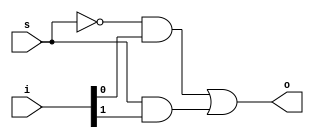
`timescale 1ns / 1ps
//////////////////////////////////////////////////////////////////////////////////
// Company: 
// Engineer: 
// 
// Design Name: 
// Module Name:    mux_21_dataflow 
// Project Name: 
// Target Devices: 
// Tool versions: 
// Description: 
//
// Dependencies: 
//
// Revision: 
// Revision 0.01 - File Created
// Additional Comments: 
//
//////////////////////////////////////////////////////////////////////////////////
module mux_21_dataflow(o, i , s);
	input [1:0]i;
	input s;
	output o;
	
	assign o = ~s&i[0] | s&i[1];

endmodule